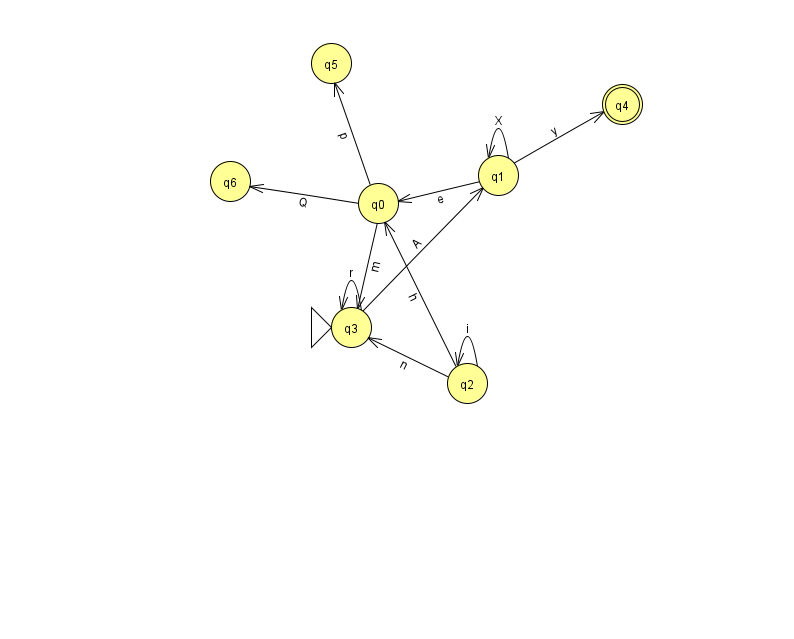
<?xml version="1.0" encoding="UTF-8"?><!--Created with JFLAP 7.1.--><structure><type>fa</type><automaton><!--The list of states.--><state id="0" name="q0"><x>378.0</x><y>190.0</y></state><state id="1" name="q1"><x>498.0</x><y>162.0</y></state><state id="2" name="q2"><x>467.0</x><y>370.0</y></state><state id="3" name="q3"><x>351.0</x><y>314.0</y><initial/></state><state id="4" name="q4"><x>622.0</x><y>91.0</y><final/></state><state id="5" name="q5"><x>331.0</x><y>50.0</y></state><state id="6" name="q6"><x>230.0</x><y>168.0</y></state><!--The list of transitions.--><transition><from>1</from><to>4</to><read>y</read></transition><transition><from>3</from><to>3</to><read>r</read></transition><transition><from>1</from><to>0</to><read>e</read></transition><transition><from>0</from><to>3</to><read>m</read></transition><transition><from>0</from><to>6</to><read>Q</read></transition><transition><from>2</from><to>3</to><read>n</read></transition><transition><from>0</from><to>5</to><read>p</read></transition><transition><from>1</from><to>1</to><read>X</read></transition><transition><from>2</from><to>0</to><read>h</read></transition><transition><from>2</from><to>2</to><read>i</read></transition><transition><from>3</from><to>1</to><read>A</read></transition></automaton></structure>